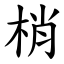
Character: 梢